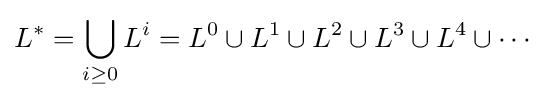
L^{*}=\bigcup _{i\geq 0}L^{i}=L^{0}\cup L^{1}\cup L^{2}\cup L^{3}\cup L^{4}\cup \cdots